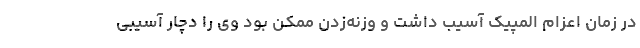
در زمان اعزام المپیک آسیب داشت و وزنه‌زدن ممکن بود وی را دچار آسیبی